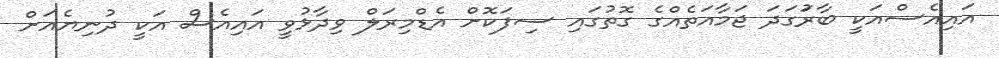
އައިއެސްއަކީ ބާރުަގަދަ ޖަމާއަތެއްގެ ގޮތުގައި ސިފަކޮށް އެޑްމިރަލް ވިދާޅުވީ އައިއެސް އަކީ ދުނިޔެއަށް